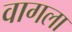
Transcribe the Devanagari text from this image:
वागला